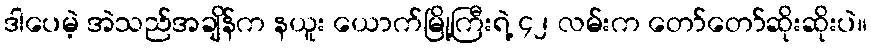
ဒါပေမဲ့ အဲသည်အချိန်က နယူး ယောက်မြို့ကြီးရဲ့ ၄၂ လမ်းက တော်တော်ဆိုးဆိုးပဲ။